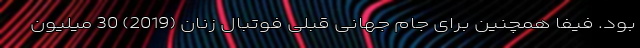
بود. فیفا همچنین برای جام جهانی قبلی فوتبال زنان (2019) 30 میلیون